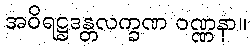
အဝိရဋ္ဌဒန္တလက္ခဏ ဝဏ္ဏနာ။